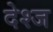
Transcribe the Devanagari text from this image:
देश्ज